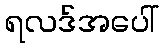
ရလဒ်အပေါ်